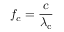
f _ { c } = { \frac { c } { \lambda _ { \mathrm { { c } } } } }